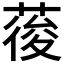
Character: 𮐒